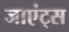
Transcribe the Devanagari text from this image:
जाएंट्स